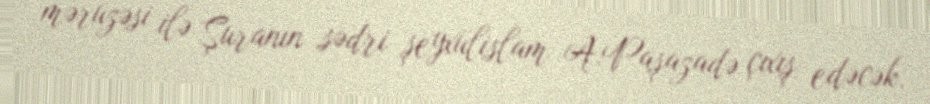
məruzəsi ilə Şuranın sədri şeyxülislam A.Paşazadə çıxış edəcək.